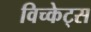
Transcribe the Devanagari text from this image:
विच्केट्स